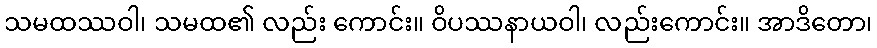
သမထဿဝါ၊ သမထ၏ လည်း ကောင်း။ ဝိပဿနာယဝါ၊ လည်းကောင်း။ အာဒိတော၊